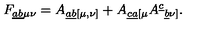
{ F _ { \underline { { a b } } \mu \nu } } = { A _ { \underline { { a b } } [ \mu , \nu ] } } + { A _ { \underline { { c a } } [ \mu } A ^ { \underline { { c } } } { } _ { \underline { { b } } \nu ] } } .